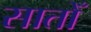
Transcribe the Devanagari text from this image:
सातोँ